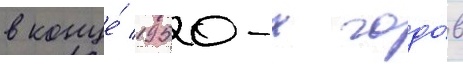
в конце́ 1950-х годо́в